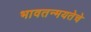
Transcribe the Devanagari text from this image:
भावतन्मयतेचे